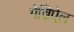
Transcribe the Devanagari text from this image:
गैब्रिऐल